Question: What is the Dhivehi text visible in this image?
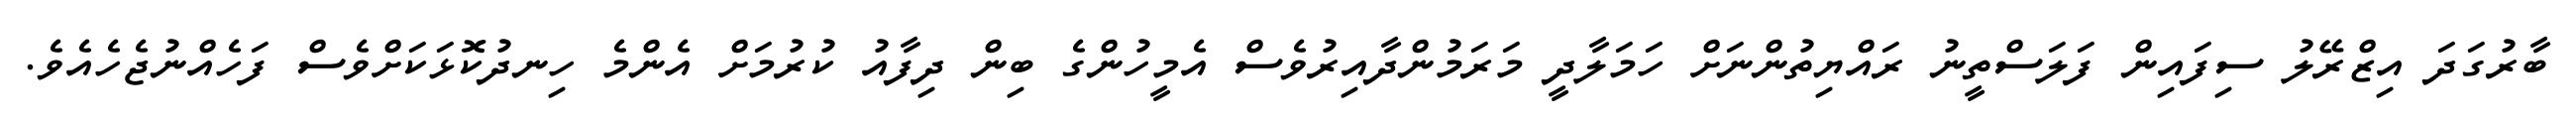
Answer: ބާރުގަދަ އިޒްރޭލު ސިފައިން ފަލަސްތީނު ރައްޔިތުންނަށް ހަމަލާދީ މަރަމުންދާއިރުވެސް އެމީހުންގެ ބިން ދިފާއު ކުރުމަށް އެންމެ ހިނދުކޮޅަކަށްވެސް ފަހެއްނުޖެހެއެވެ.